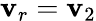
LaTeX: \mathbf{v}_{r}=\mathbf{v}_{2}